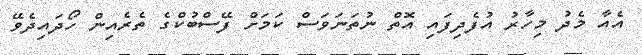
އެއާ މެދު މިހާރު އުފެދިފައި އޮތް ނުތަނަވަސް ކަމަށް ފޭސްބުކްގެ ތެރެއިން ހޯދައިދެވޭ